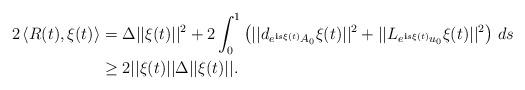
LaTeX: \begin{align*}2\left\langle R(t), \xi(t) \right\rangle &=\Delta ||\xi(t)||^2 + 2 \int_0^1 \left( ||d_{e^{\textbf{i}s\xi(t)} A_0} \xi(t)||^2 + ||L_{e^{\textbf{i}s\xi(t)}u_0} \xi(t)||^2 \right)\, ds \\&\geq 2 ||\xi(t)|| \Delta ||\xi(t)||.\end{align*}